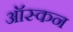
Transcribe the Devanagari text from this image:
ऑस्कन